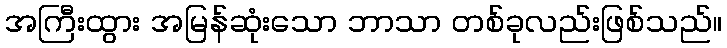
အကြီးထွား အမြန်ဆုံးသော ဘာသာ တစ်ခုလည်းဖြစ်သည်။